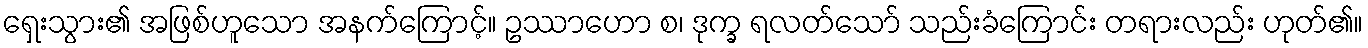
ရှေးသွား၏ အဖြစ်ဟူသော အနက်ကြောင့်။ ဥဿာဟော စ၊ ဒုက္ခ ရလတ်သော် သည်းခံကြောင်း တရားလည်း ဟုတ်၏။